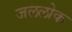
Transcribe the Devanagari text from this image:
जललोक